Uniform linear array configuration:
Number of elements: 12
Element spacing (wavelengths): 0.75
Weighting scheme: cosine
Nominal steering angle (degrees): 15
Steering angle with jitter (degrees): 14.016
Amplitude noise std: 0.05
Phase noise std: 0.05

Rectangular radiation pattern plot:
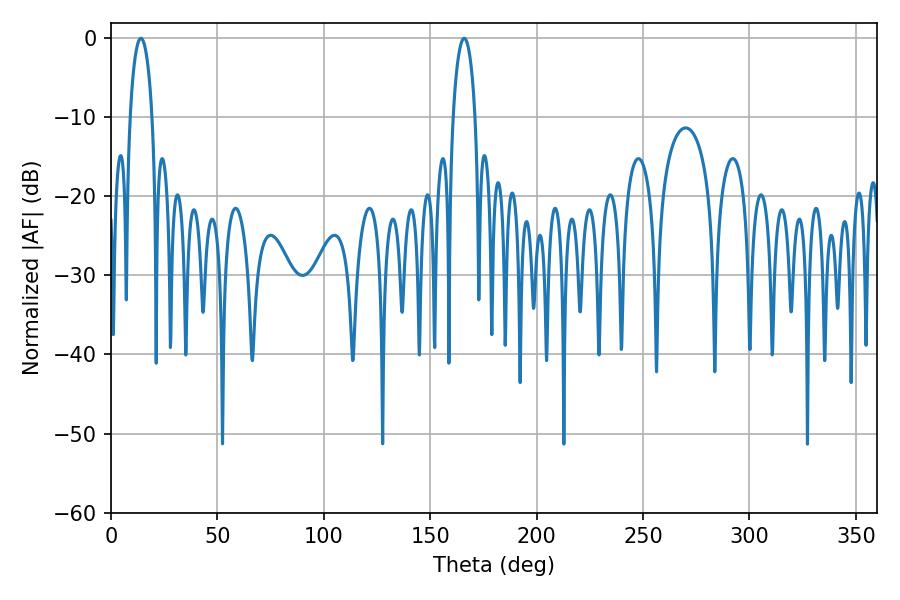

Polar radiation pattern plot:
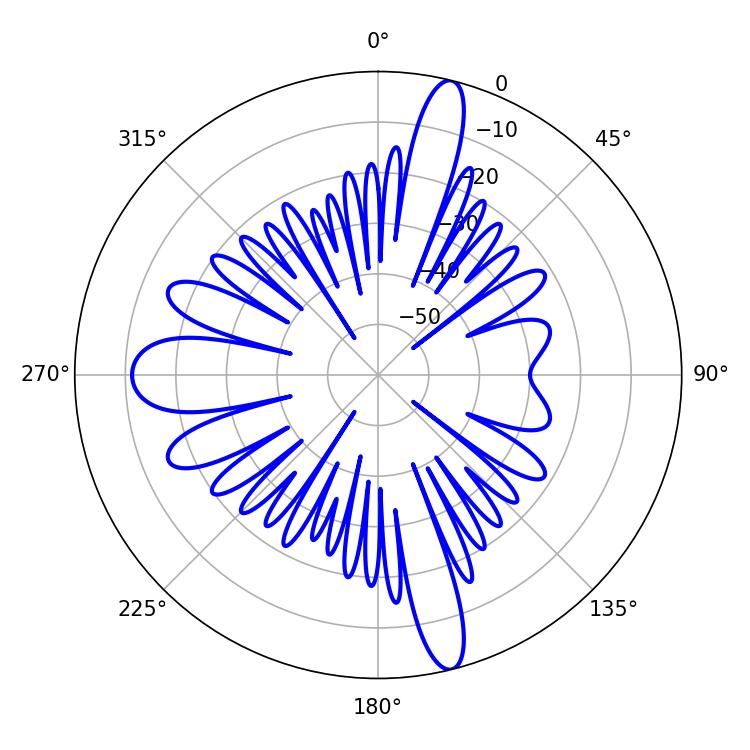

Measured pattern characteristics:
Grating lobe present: TRUE
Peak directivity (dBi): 18.247
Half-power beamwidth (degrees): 5.94
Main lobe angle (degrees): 14.04